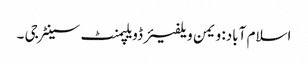
اسلام آباد: ویمن ویلفیئر ڈویلپمنٹ سینٹر جی ۔